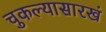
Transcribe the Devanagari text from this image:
चुकल्यासारखं